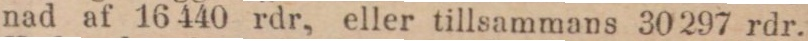
nad af 16 440 rdr, eller tillsammans 30 297 rdr.